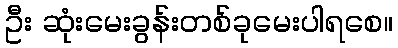
ဦး ဆုံးမေးခွန်းတစ်ခုမေးပါရစေ။